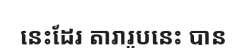
នេះដែរ តារារូបនេះ បាន